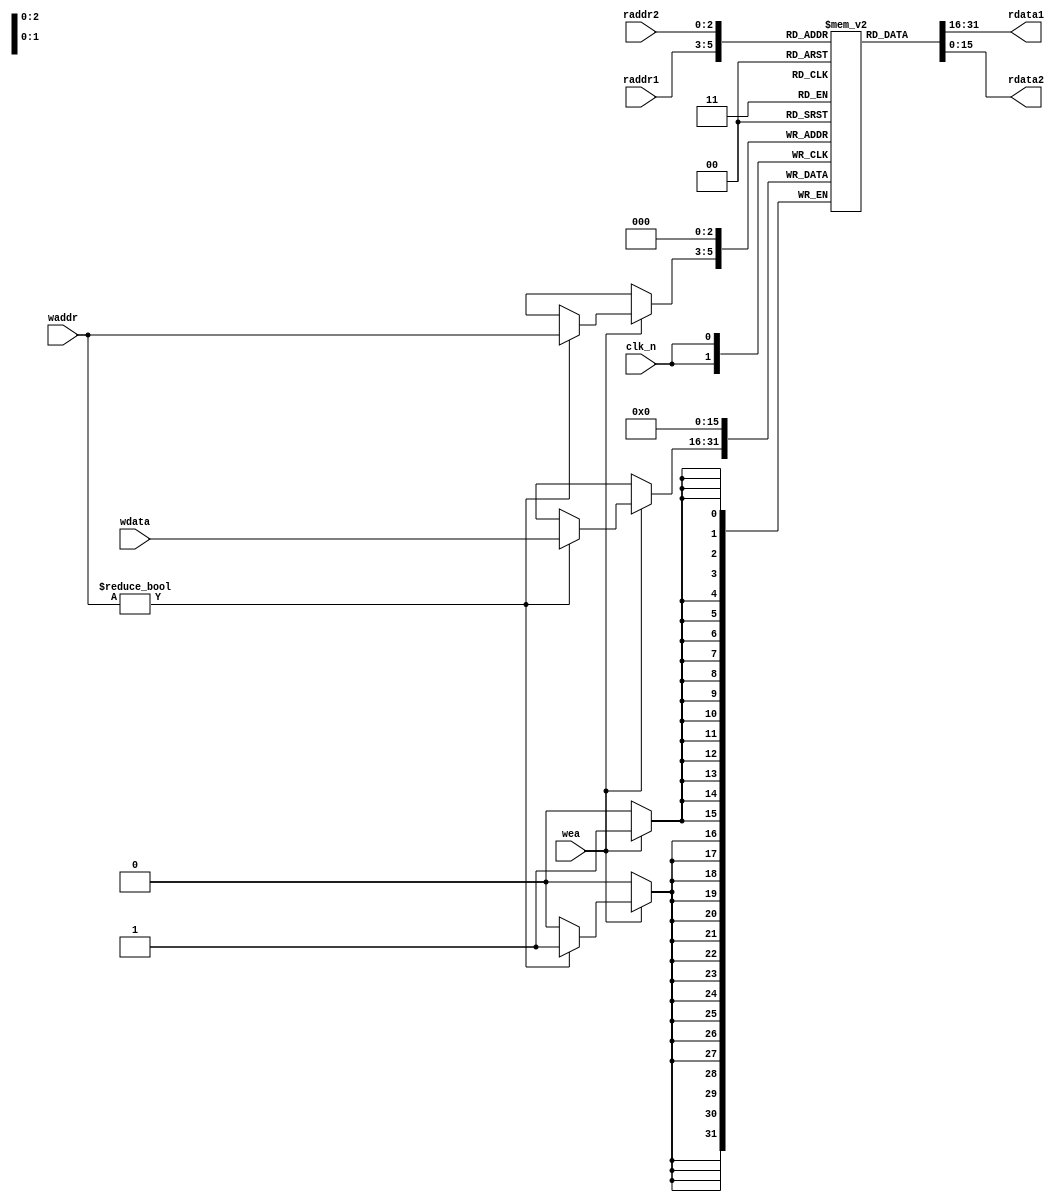
`timescale 1ns / 1ps
//////////////////////////////////////////////////////////////////////////////////
// Company:        RIT
//
// Design Name:    reg_block
// Module Name:    reg_block
// Project Name:   Omicron
// Target Devices: Xilinx Spartan-3E
// Tool versions:
// Description:    The register block for the instruction decode
//
// Revision 0.01 - File Created, Tested, Works great (CRC)
// Revision 1.00 - Changed the number of registers, untested (CRC)
// Revision 2.00 - Changed size of raddr1, raddr2, waddr (CRC)
// Revision 3.00 - Added check for register $0 (CRC)
// Additional Comments:
//
//////////////////////////////////////////////////////////////////////////////////
module reg_block(
  input [2:0] raddr1,
  input [2:0] raddr2,
  input [2:0] waddr,
  input [15:0] wdata,
  input clk_n,
  input wea,
  output [15:0] rdata1,
  output [15:0] rdata2
);

// 16 bits wide, 2^3 bits deep register file
// {$0,$A,$B,$C,$D,$E,$F,$G}
reg [15:0] registers [7:0];

// Reads are combinational
assign rdata1 = registers[raddr1];
assign rdata2 = registers[raddr2];

// Writes only happen when wea is high and rising edge of clock
always@(posedge clk_n) begin
  if(wea) begin
    registers[3'b0] <= 16'b0;
    if(waddr != 3'b0) begin
      registers[waddr] <= wdata;
    end
  end
end

endmodule